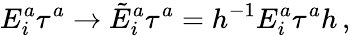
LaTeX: E_{i}^{a}\tau^{a}\to\tilde{E}_{i}^{a}\tau^{a}=h^{-1}E_{i}^{a}\tau^{a}h\, ,